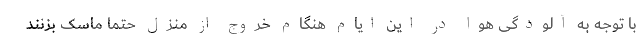
با توجه به آلودگی هوا در این ایام هنگام خروج از منزل حتما ماسک بزنند